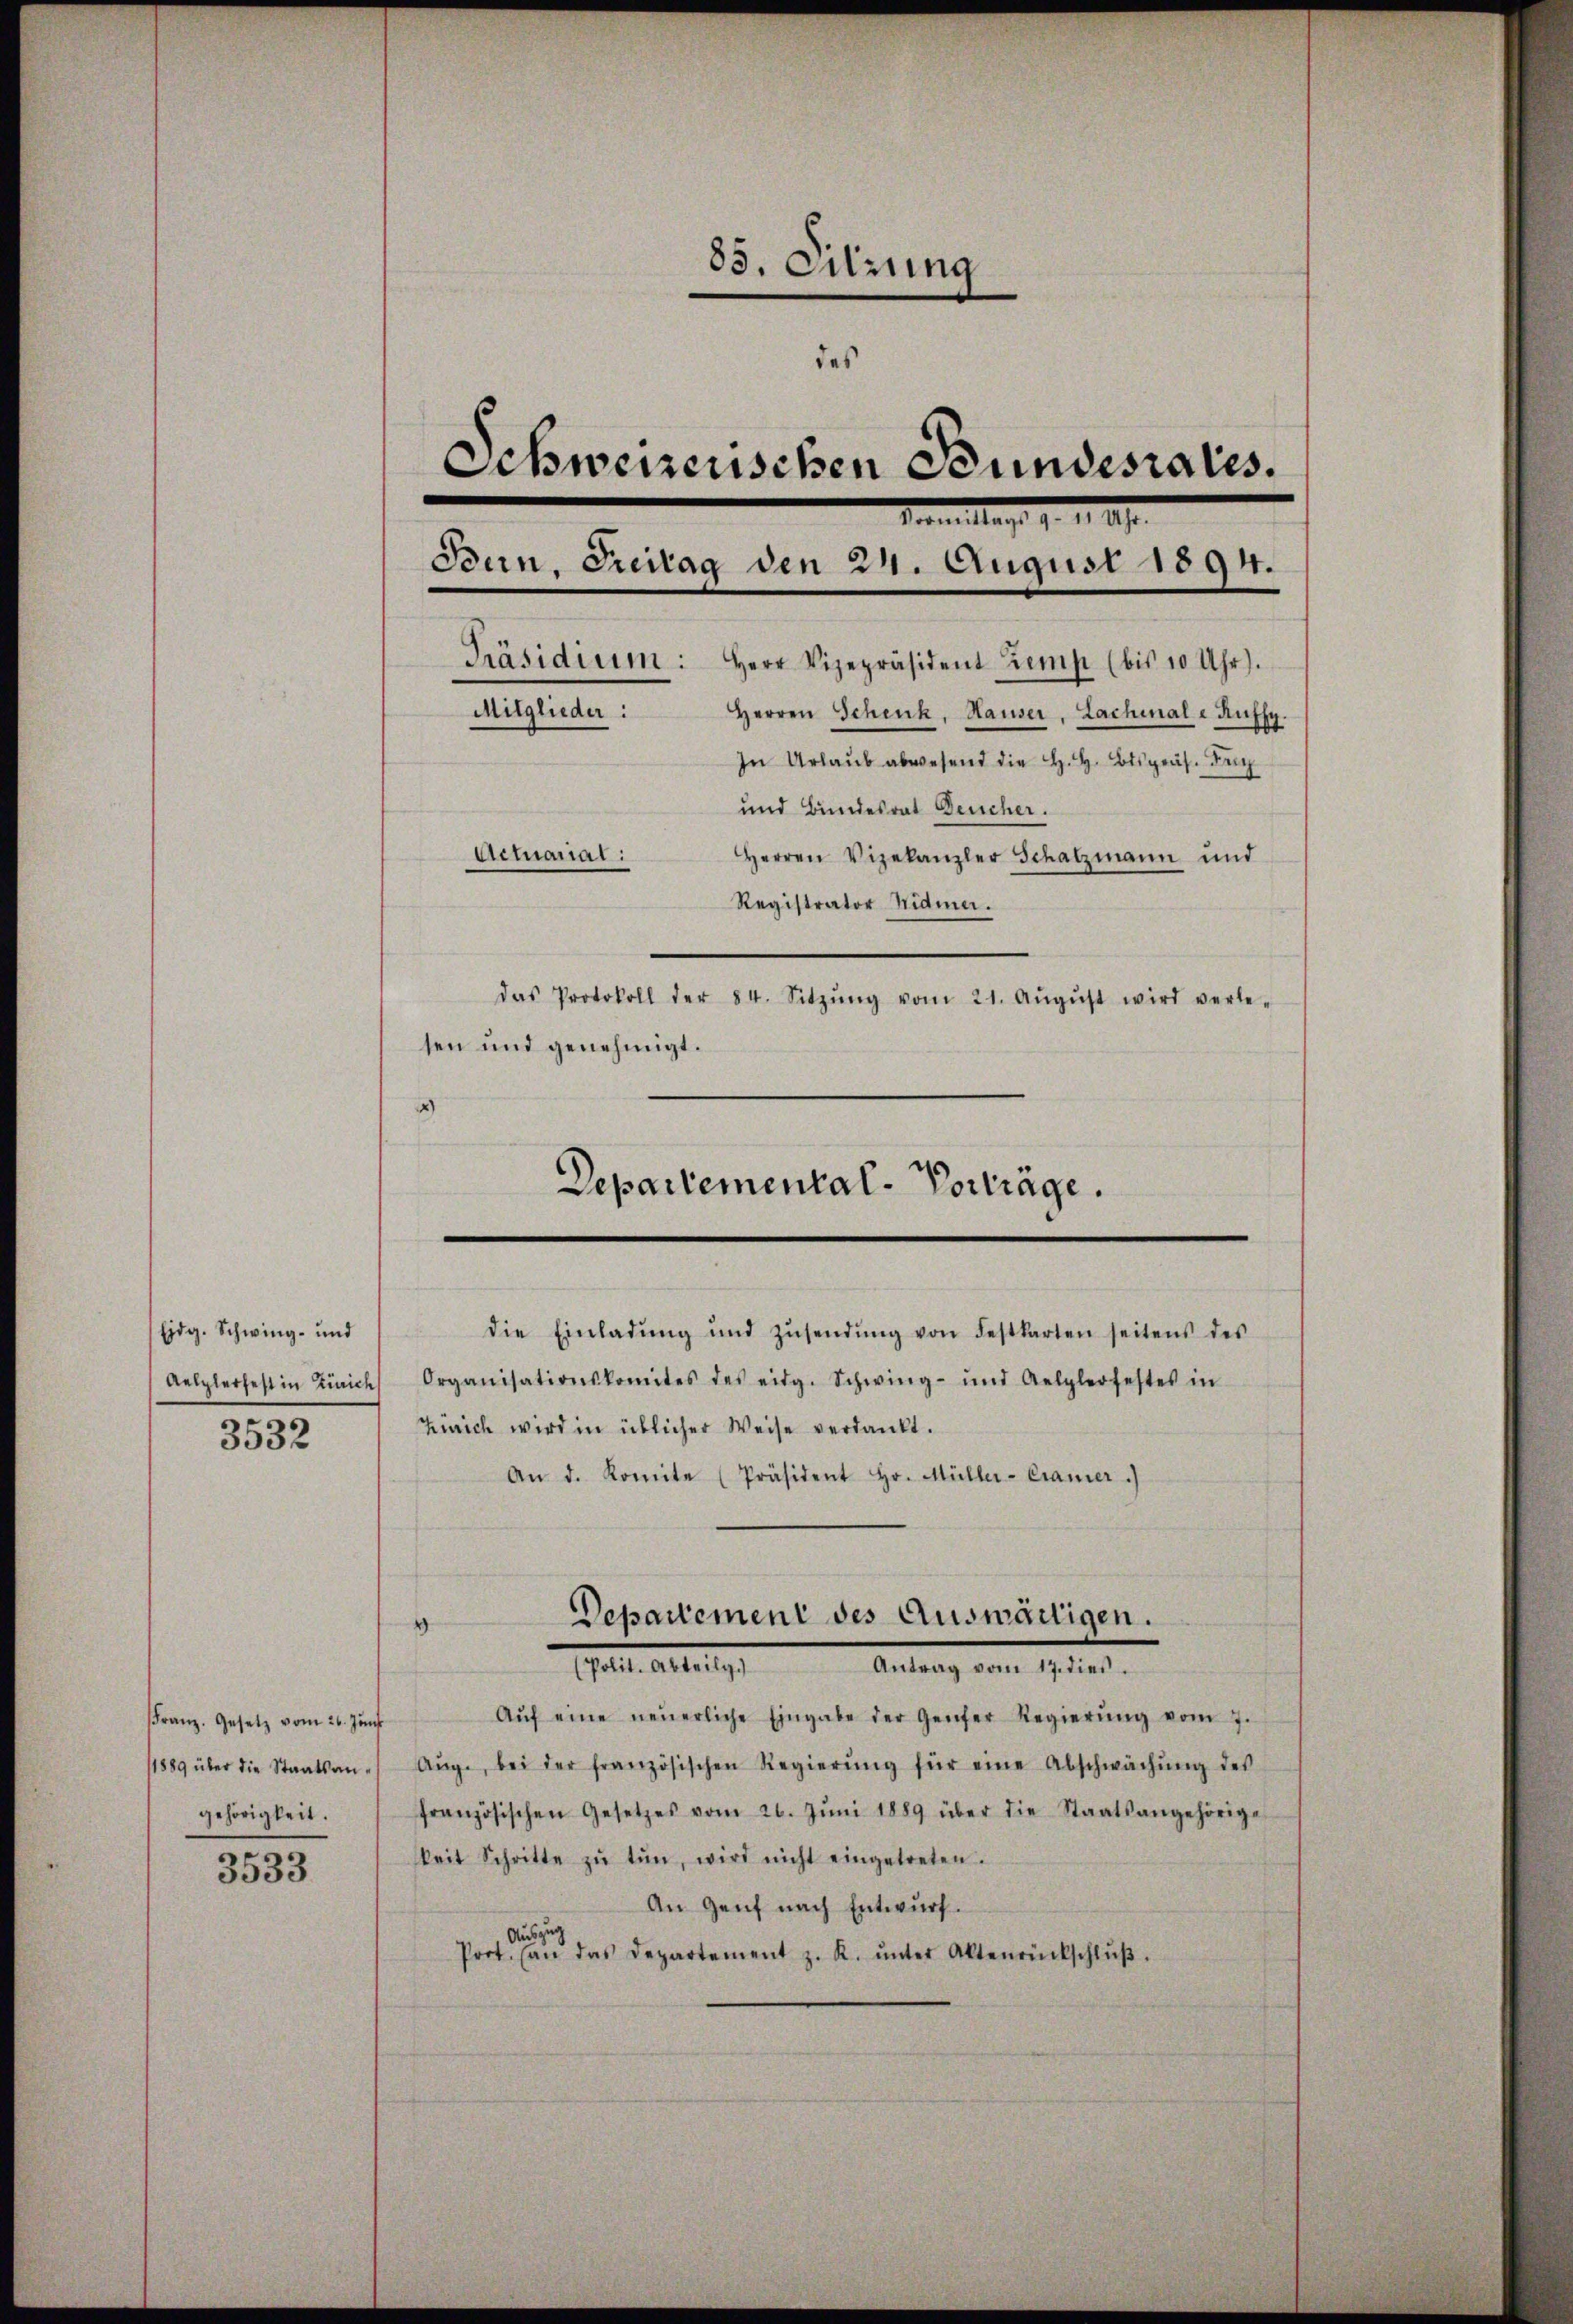
Eidg. Schwing- und
3532

85. Sitzung
das
Schweizenschen Stundesrates.
Präsidium:
Mitglieder: Herren Schenk, Hauser, Lachmale Auffy.
In Urlaŭb abwesend die H. H. Btspräs. Fe
und Bundesrat Deucher.
Actuariat:
Herren Vizekanzler Schatzmann und
Registrator Widmer.
das Protokoll der 84. Sitzŭng vom 21. Aŭgŭst wird verle-
sen und genehmigt.
2

FFranz. Gesetz vom 26. Juni
gehörigkeit.
3533

Departemental-Vorträge.
die Einladŭng und Zŭsendŭng von Festkarten seitens des

Aelplerfest in Zürich Organisationskomites des eidg. Schwing- und Aelplerfestes in
Zürich wird in üblicher Weise verdankt.
An d. Komite (Präsident Hr. Müller-Cramer.)

Termittag d. 1. 2.
Bun, Freitag den 24. August 1894.
Herr Vizepräsident Zemp (bis 10 Uhr).

Departement des Auswärtigen.
4
hall als ist.       Antrag, aber 1910.

Aŭf eine neŭerliche Eingabe der Genfer Regierŭng vom 7.
/1889 über die Staatsan- Aŭg., bei der französischen Regierŭng für eine Abschwächŭng des
französischen Gesetzes vom 26. Jŭni 1889 über die Staatsangehörige
skeit Schritte zŭ tŭn, wird nicht eingetreten.
An Genf nach Entwurf.
Auszug
Prot. (an das Departement z. R. ŭnter Altenrückschlŭβ.